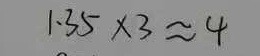
1 . 3 5 \times 3 \approx 4